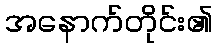
အနောက်တိုင်း၏